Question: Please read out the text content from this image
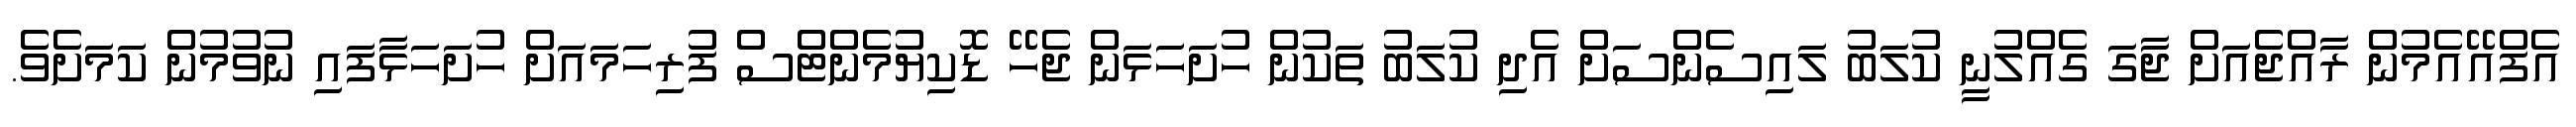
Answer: އެފްއޭއެމުން ރާއްޖެއަށް ޖާގަ ގެއްލުނީ ކުލަބު ލައިސެންސަށް އެދި ކުލަބު ތަކުން ހުށަހަޅަން ޖެހޭ ޑޮކިޔުމެންޓްސް ފުރިހަމައަށް ހުށަހަޅާފައި ނުވުމުން ކަމަށެވެ.